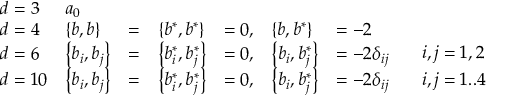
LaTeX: \begin{array} { l l l l l l l l } { { d = 3 } } & { { a _ { 0 } } } & { { } } & { { } } & { { } } & { { } } & { { } } & { { \begin{array} { l } \end{array} } } \\ { { d = 4 } } & { { \left\{ b , b \right\} } } & { { = } } & { { \left\{ b ^ { * } , b ^ { * } \right\} } } & { { = 0 , } } & { { \left\{ b , b ^ { * } \right\} } } & { { = - 2 } } & { { \begin{array} { l } \end{array} } } \\ { { d = 6 } } & { { \left\{ b _ { i } , b _ { j } \right\} } } & { { = } } & { { \left\{ b _ { i } ^ { * } , b _ { j } ^ { * } \right\} } } & { { = 0 , } } & { { \left\{ b _ { i } , b _ { j } ^ { * } \right\} } } & { { = - 2 \delta _ { i j } } } & { { \begin{array} { l } { { { \ i , j = 1 , 2 } } } \end{array} } } \\ { { d = 1 0 } } & { { \left\{ b _ { i } , b _ { j } \right\} } } & { { = } } & { { \left\{ b _ { i } ^ { * } , b _ { j } ^ { * } \right\} } } & { { = 0 , } } & { { \left\{ b _ { i } , b _ { j } ^ { * } \right\} } } & { { = - 2 \delta _ { i j } } } & { { \begin{array} { l } { { { \ i , j = 1 . . 4 } } } \end{array} } } \end{array}